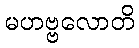
မဟဗ္ဗလောတိ